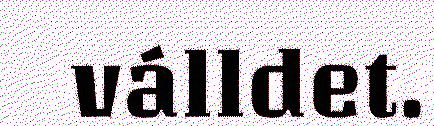
válldet.